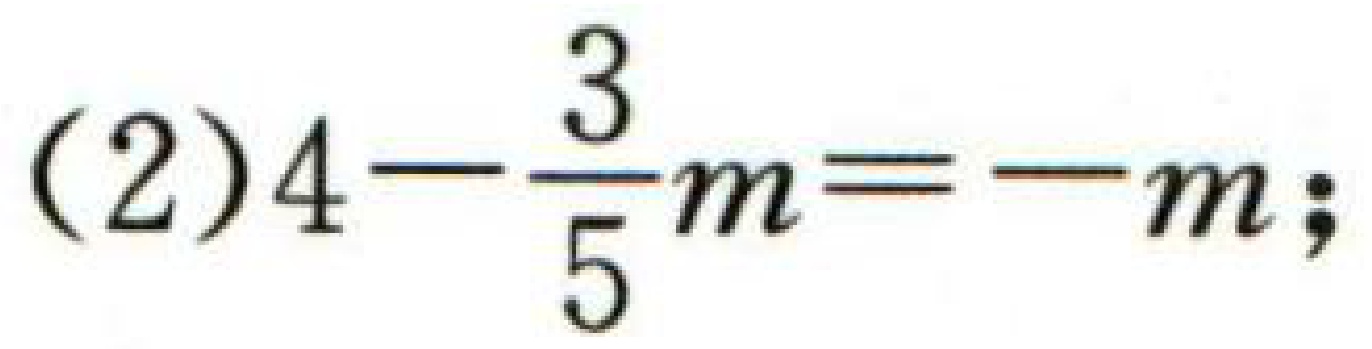
(2)\(4-\dfrac{3}{5}m=-m\);